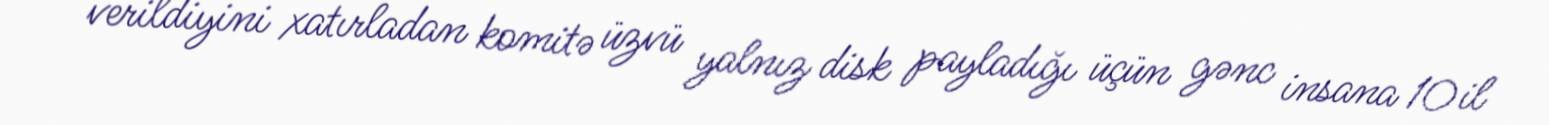
verildiyini xatırladan komitə üzvü yalnız disk payladığı üçün gənc insana 10 il